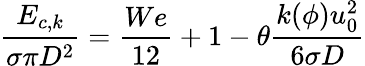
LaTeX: \frac{{{E}_{c,k}}}{\sigma\pi{{D}^{2}}}=\frac{We}{12}+1-\theta\frac{k(\phi)u_{0}^{2}}{6\sigma D}